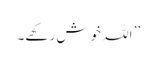
’’ اللہ خوش رکھے۔